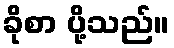
ခိုစာ ပို့သည်။